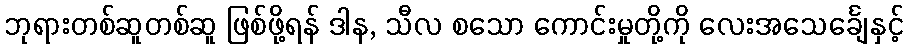
ဘုရားတစ်ဆူတစ်ဆူ ဖြစ်ဖို့ရန် ဒါန, သီလ စသော ကောင်းမှုတို့ကို လေးအသေင်္ချေနှင့်